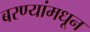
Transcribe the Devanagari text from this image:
बरण्यांमधून